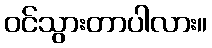
ဝင်သွားတာပါလား။